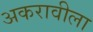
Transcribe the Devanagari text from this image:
अकरावीला